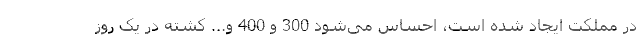
در مملکت ایجاد شده است، احساس می‌شود 300 و 400 و... کشته در یک روز